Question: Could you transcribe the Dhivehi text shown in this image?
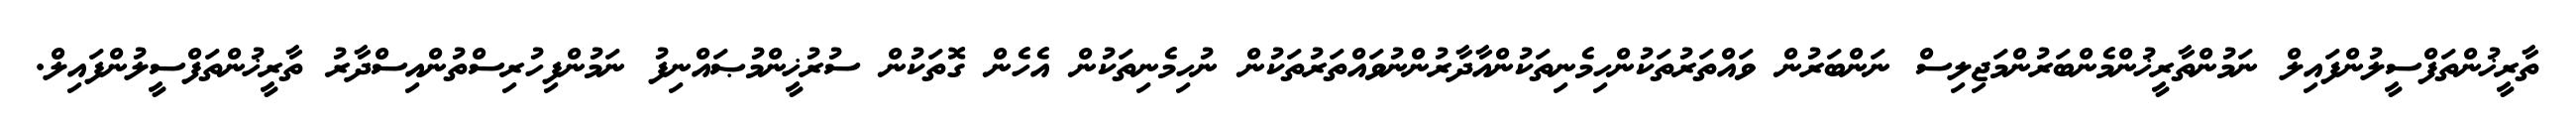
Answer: ތާރީޚުންތަފްސީލުންފައިލް ނަމުންތާރީޚުންމެންބަރުންމަޖިލިސް ނަންބަރުން ވައްތަރުތަކުންހިމެނިތަކުންއާދާރުންނުވައްތަރުތަކުން ނުހިމެނިތަކުން އެހެން ގޮތަކުން ސުރުޚީންމުޞައްނިފު ނަމުންފިހުރިސްތުންއިސްދާރު ތާރީޚުންތަފްސީލުންފައިލް.